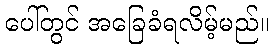
ပေါ်တွင် အခြေခံရလိမ့်မည်။